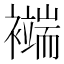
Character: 𧞖